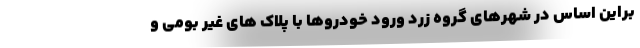
براین اساس در شهرهای گروه زرد ورود خودروها با پلاک های غیر بومی و